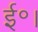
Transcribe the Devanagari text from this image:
ई॰।